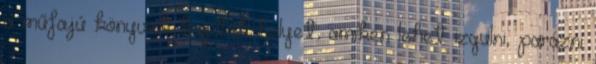
a műfajú könyvek kaptak helyet, amiken lehet izgulni, parázni